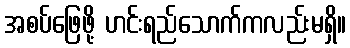
အစပ်ဖြေဖို့ ဟင်းရည်သောက်ကလည်းမရှိ။